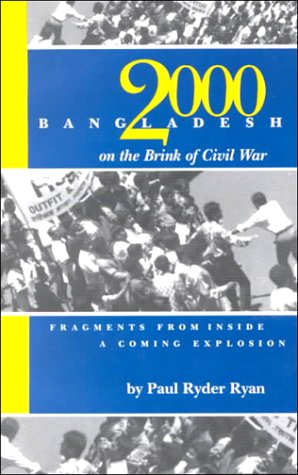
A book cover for Bangladesh 2000: On the Brink of Civil War; Paul Ryder Ryan; Travel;